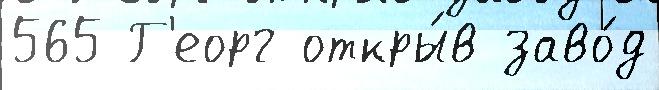
565 Г'еорг откры́в заво́д